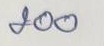
200